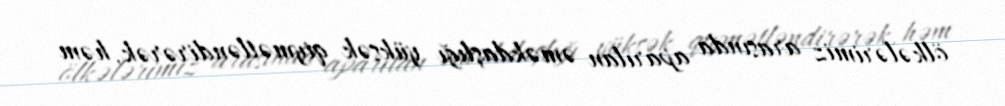
ölkələrimiz arasında aparılan əməkdaşlığı yüksək qiymətləndirərək, həm